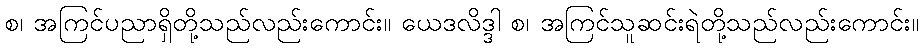
စ၊ အကြင်ပညာရှိတို့သည်လည်းကောင်း။ ယေဒလိဒ္ဒါ စ၊ အကြင်သူဆင်းရဲတို့သည်လည်းကောင်း။